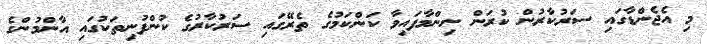
މި އެޖެންޑާގައި ސަރުކާރުން ކުރަން ނިންމާފައިވާ ކަންކަމުގެ ތެރޭގައި ސަރުކާރުގެ ކުންފުނިތަކުގައި އާންމުންގެ